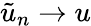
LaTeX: \tilde{u}_{n}\rightarrow u